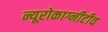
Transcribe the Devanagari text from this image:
न्यूरोकाग्नीटीव